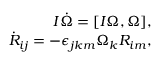
\begin{array} { r } { I \dot { \boldsymbol \Omega } = [ I { \boldsymbol \Omega } , { \boldsymbol \Omega } ] , } \\ { \dot { R } _ { i j } = - \epsilon _ { j k m } \Omega _ { k } R _ { i m } , } \end{array}